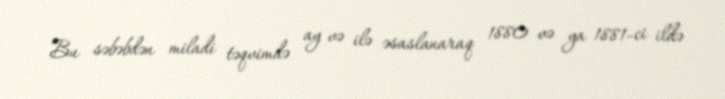
Bu səbəbdən miladi təqvimdə ay və ilə əsaslanaraq 1880 və ya 1881-ci ildə